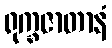
ရုက္ခဇာတာနံ